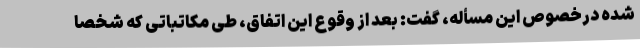
شده درخصوص این مسأله، گفت: بعد از وقوع این اتفاق، طی مکاتباتی که شخصا